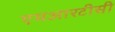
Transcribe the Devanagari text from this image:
एमआरटीसी